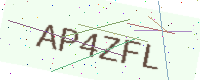
Text: AP4ZFL